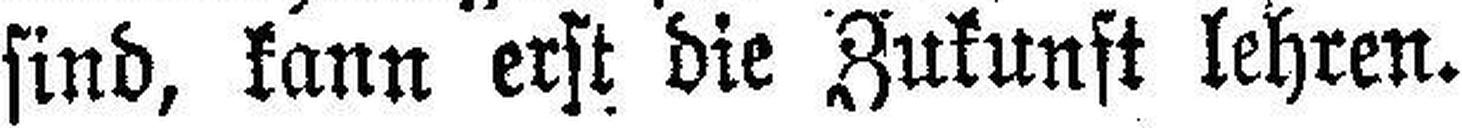
sind, kann erst die Zukunft lehren.